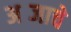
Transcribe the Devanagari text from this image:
अब्जाचे